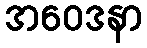
အဝေဒနာ